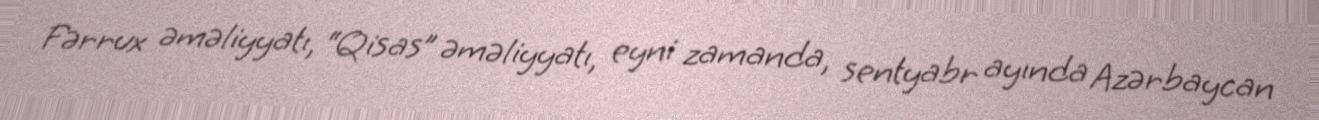
Fərrux əməliyyatı, “Qisas” əməliyyatı, eyni zamanda, sentyabr ayında Azərbaycan